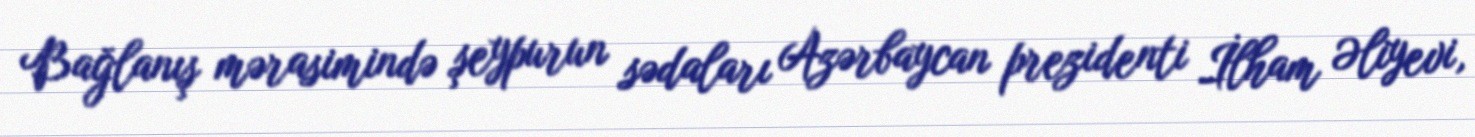
Bağlanış mərasimində şeypurun sədaları Azərbaycan prezidenti İlham Əliyevi,